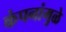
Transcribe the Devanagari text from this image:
कंपनांमुळे